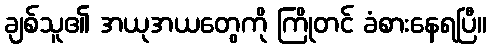
ချစ်သူ၏ အယုအယတွေကို ကြိုတင် ခံစားနေရပြီ။